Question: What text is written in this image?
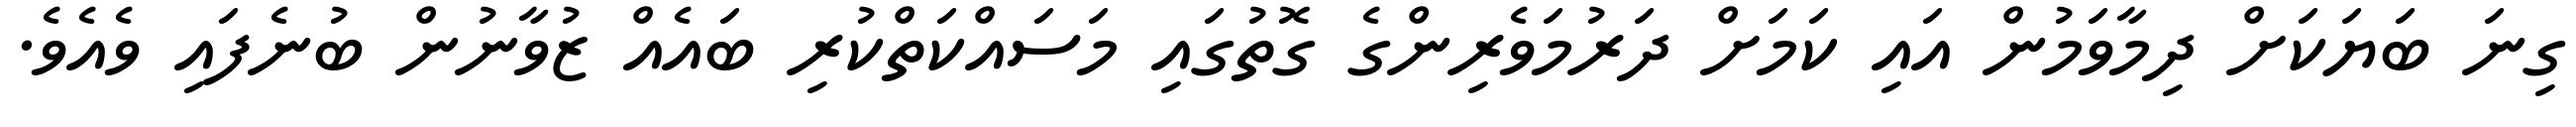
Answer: ގިނަ ބަޔަކަށް ދިމާވަމުން އައި ކަމަށް ދަރުމަވެރިންގެ ގޮތުގައި މަސައްކަތްކުރި ބައެއް ޒުވާނުން ބުނެފައި ވެއެވެ.